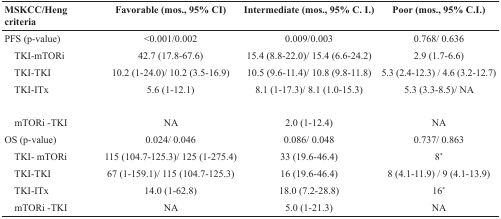
<table><thead><tr><td><b>MSKCC/Heng criteria</b></td><td><b>Favorable (mos., 95% CI)</b></td><td><b>Intermediate (mos., 95% C. I.)</b></td><td><b>Poor (mos., 95% C.I.)</b></td></tr></thead><tbody><tr><td>PFS (p-value)</td><td>&lt;0.001/0.002</td><td>0.009/0.003</td><td>0.768/ 0.636</td></tr><tr><td> TKI-mTORi</td><td>42.7 (17.8-67.6)</td><td>15.4 (8.8-22.0)/ 15.4 (6.6-24.2)</td><td>2.9 (1.7-6.6)</td></tr><tr><td> TKI-TKI</td><td>10.2 (1-24.0)/ 10.2 (3.5-16.9)</td><td>10.5 (9.6-11.4)/ 10.8 (9.8-11.8)</td><td>5.3 (2.4-12.3) / 4.6 (3.2-12.7)</td></tr><tr><td> TKI-ITx</td><td>5.6 (1-12.1)</td><td>8.1 (1-17.3)/ 8.1 (1.0-15.3)</td><td>5.3 (3.3-8.5)/ NA</td></tr><tr><td> mTORi -TKI</td><td>NA</td><td>2.0 (1-12.4)</td><td>NA</td></tr><tr><td>OS (p-value)</td><td>0.024/ 0.046</td><td>0.086/ 0.048</td><td>0.737/ 0.863</td></tr><tr><td> TKI- mTORi</td><td>115 (104.7-125.3)/ 125 (1-275.4)</td><td>33 (19.6-46.4)</td><td>8<sup>*</sup></td></tr><tr><td> TKI-TKI</td><td>67 (1-159.1)/ 115 (104.7-125.3)</td><td>16 (19.6-46.4)</td><td>8 (4.1-11.9) / 9 (4.1-13.9)</td></tr><tr><td> TKI-ITx</td><td>14.0 (1-62.8)</td><td>18.0 (7.2-28.8)</td><td>16<sup>*</sup></td></tr><tr><td> mTORi -TKI</td><td>NA</td><td>5.0 (1-21.3)</td><td>NA</td></tr></tbody></table>